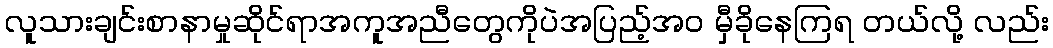
လူသားချင်းစာနာမှုဆိုင်ရာအကူအညီတွေကိုပဲအပြည့်အ၀ မှီခိုနေကြရ တယ်လို့ လည်း